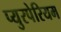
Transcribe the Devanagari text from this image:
प्युरपेरियम